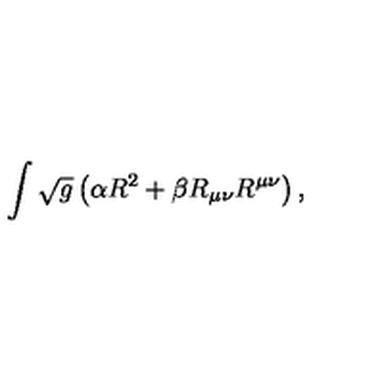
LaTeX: \int \sqrt { g } \left( \alpha R ^ { 2 } + \beta R _ { \mu \nu } R ^ { \mu \nu } \right) ,